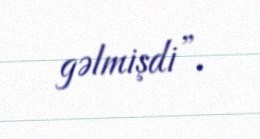
gəlmişdi”.